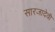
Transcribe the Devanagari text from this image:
सारजादेवी